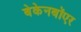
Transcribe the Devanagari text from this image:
बेकेनबॉएर